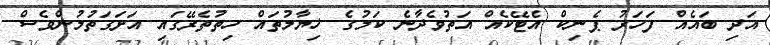
އަދި ބައެއް ފަހަރު ޕެނިކް އެޓޭކެއް އަތުވެދާނެ ކަމުގެ ޚިޔާލުތައް ހިތުތެރޭގައި އަށަގަތުމުންވެސް